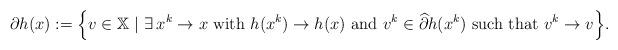
LaTeX: \begin{align*} \partial h(x):=\Big\{v\in\mathbb{X}\ |\ \exists\,x^k\to x\ {\rm with}\ h(x^k)\to h(x)\ {\rm and}\ v^k\in\widehat{\partial}h(x^k)\ {\rm such\ that}\ v^k\to v\Big\}. \end{align*}